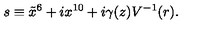
s \equiv \tilde { x } ^ { 6 } + i x ^ { 1 0 } + i \gamma ( z ) V ^ { - 1 } ( r ) .